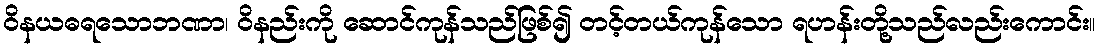
ဝိနယဓရသောဘဏာ၊ ဝိနည်းကို ဆောင်ကုန်သည်ဖြစ်၍ တင့်တယ်ကုန်သော ရဟန်းတို့သည်လည်းကောင်း။